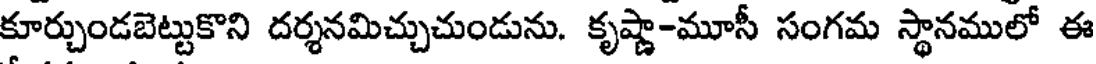
కూర్చుండబెట్టుకొని దర్శనమిచ్చుచుండును. కృష్ణా-మూసీ సంగమ స్థానములో ఈ